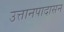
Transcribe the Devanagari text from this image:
उत्तानपादासन